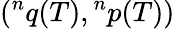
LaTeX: ({}^{n}q(T),{}^{n}p(T))